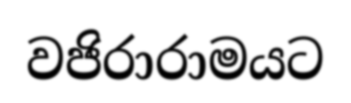
වජිරාරාමයට